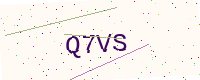
Text: Q7VS